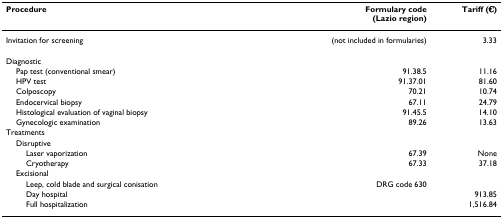
<table><thead><tr><td><b>Procedure</b></td><td><b>Formulary code(Lazio region)</b></td><td><b>Tariff (€)</b></td></tr></thead><tbody><tr><td>Invitation for screening</td><td>(not included in formularies)</td><td>3.33</td></tr><tr><td>Diagnostic</td><td></td><td></td></tr><tr><td> Pap test (conventional smear)</td><td>91.38.5</td><td>11.16</td></tr><tr><td> HPV test</td><td>91.37.01</td><td>81.60</td></tr><tr><td> Colposcopy</td><td>70.21</td><td>10.74</td></tr><tr><td> Endocervical biopsy</td><td>67.11</td><td>24.79</td></tr><tr><td> Histological evaluation of vaginal biopsy</td><td>91.45.5</td><td>14.10</td></tr><tr><td> Gynecologic examination</td><td>89.26</td><td>13.63</td></tr><tr><td>Treatments</td><td></td><td></td></tr><tr><td> Disruptive</td><td></td><td></td></tr><tr><td>Laser vaporization</td><td>67.39</td><td>None</td></tr><tr><td>Cryotherapy</td><td>67.33</td><td>37.18</td></tr><tr><td> Excisional</td><td></td><td></td></tr><tr><td>Leep, cold blade and surgical conisation</td><td>DRG code 630</td><td></td></tr><tr><td>Day hospital</td><td></td><td>913.85</td></tr><tr><td>Full hospitalization</td><td></td><td>1,516.84</td></tr></tbody></table>